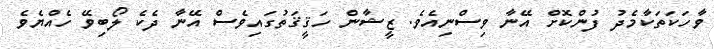
ވާހަކަތަކާމެދު ފުންކޮށް އޭނާ ވިސްނިއެވެ. ޒީޝާން ހަޤީޤަތުގައިވެސް އޭނާ ދެކެ ލޯބިވޭ ހެއްޔެވެ